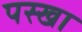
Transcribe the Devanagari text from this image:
पस्खा